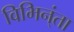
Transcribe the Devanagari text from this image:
विभिन्ंता